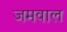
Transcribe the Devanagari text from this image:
जमवाल